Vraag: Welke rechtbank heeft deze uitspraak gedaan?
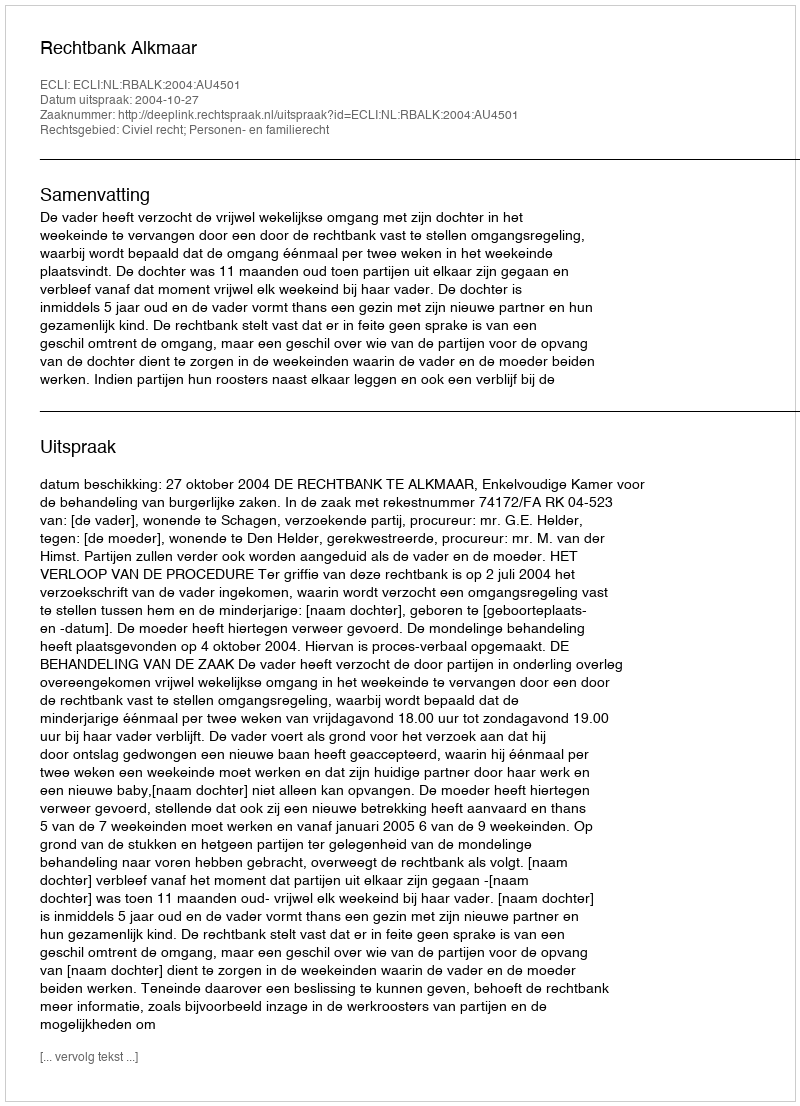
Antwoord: Rechtbank Alkmaar